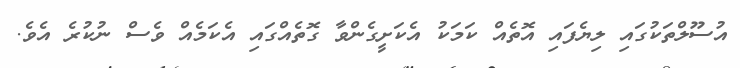
އުސޫލްތަކުގައި ލިޔެފައި އޮތެއް ކަމަކު އެކަށީގެންވާ ގޮތެއްގައި އެކަމެއް ވެސް ނުކުރެ އެވެ.